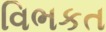
વિભકત